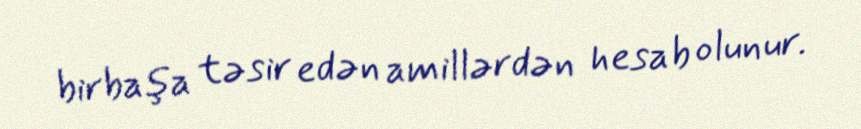
birbaşa təsir edən amillərdən hesab olunur.